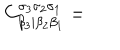
LaTeX: C _ { \beta _ { 3 } | \beta _ { 2 } \beta _ { 1 } } ^ { \sigma _ { 3 } \sigma _ { 2 } \sigma _ { 1 } } =